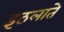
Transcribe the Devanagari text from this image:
इठलाते